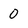
Character: 0